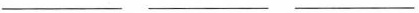
___ ___ ___